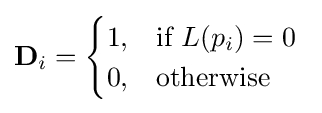
\mathbf {D} _{i}={\begin{cases}1,&{\mbox{if }}L(p_{i})=0\ \\0,&{\mbox{otherwise}}\end{cases}}